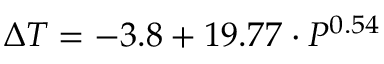
\Delta T = - 3 . 8 + 1 9 . 7 7 \cdot P ^ { 0 . 5 4 }